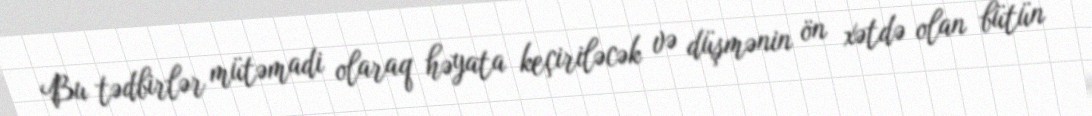
Bu tədbirlər mütəmadi olaraq həyata keçiriləcək və düşmənin ön xətdə olan bütün